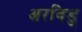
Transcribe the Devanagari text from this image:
अरविडु